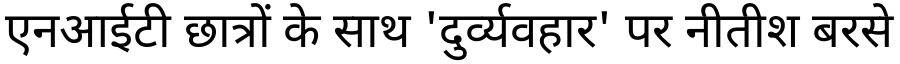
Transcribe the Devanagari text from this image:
एनआईटी छात्रों के साथ 'दुर्व्यवहार' पर नीतीश बरसे